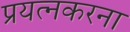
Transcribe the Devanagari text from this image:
प्रयत्नकरना